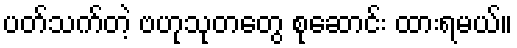
ပတ်သက်တဲ့ ဗဟုသုတတွေ စုဆောင်း ထားရမယ်။